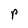
Character: P